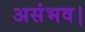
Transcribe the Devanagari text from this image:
असंभव।